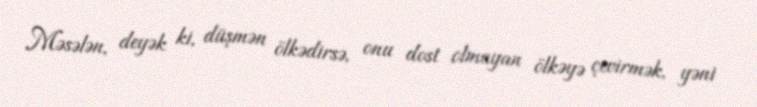
Məsələn, deyək ki, düşmən ölkədirsə, onu dost olmayan ölkəyə çevirmək, yəni